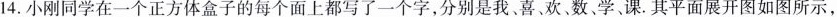
14.小刚同学在一个正方体盒子的每个面上都写了一个字，分别是我,喜,欢,数,学、课.其平面展开图如图所示，